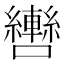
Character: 轡